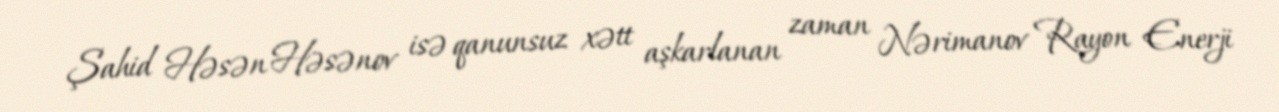
Şahid Həsən Həsənov isə qanunsuz xətt aşkarlanan zaman Nərimanov Rayon Enerji